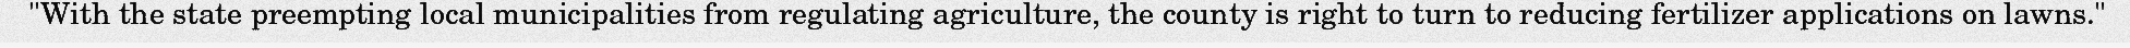
"With the state preempting local municipalities from regulating agriculture, the county is right to turn to reducing fertilizer applications on lawns."